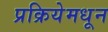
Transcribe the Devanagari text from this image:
प्रक्रियेमधून